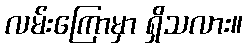
လမ်းကြောမှာ ရှိသလား။